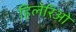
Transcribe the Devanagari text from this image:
हिलेरिओ